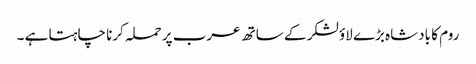
روم کا بادشاہ بڑے لاؤ لشکر کے ساتھ عرب پر حملہ کرنا چاہتا ہے ۔